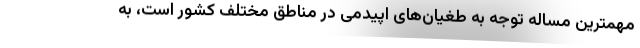
مهمترین مساله توجه به طغیان‌های اپیدمی در مناطق مختلف کشور است، به